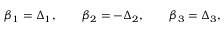
\beta _ { 1 } = \Delta _ { 1 } , \qquad \beta _ { 2 } = - \Delta _ { 2 } , \qquad \beta _ { 3 } = \Delta _ { 3 } ,